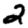
Digit: 2